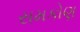
સમકોણ